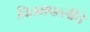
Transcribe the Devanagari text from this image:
चितमपल्लींचे